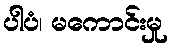
ပါပံ၊ မကောင်းမှု